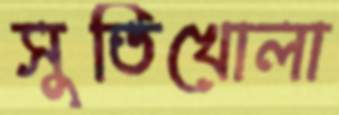
সুতিখোলা